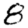
Digit: 8